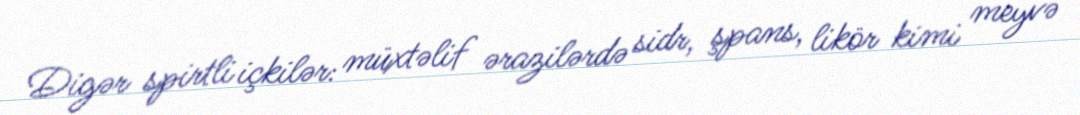
Digər spirtli içkilər: müxtəlif ərazilərdə sidr, şpans, likör kimi meyvə